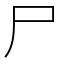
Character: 尸